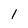
Character: 1